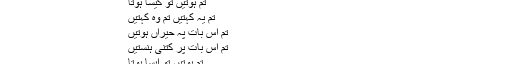
امیتابھ بچن کے لیے اس فلم میں، جاوید اختر نے نظم لکھی ہے:
اکثر یہ باتیں کرتے ہیں
تم ہوتیں تو کیسا ہوتا
تم یہ کہتیں تم وہ کہتیں
تم اس بات پہ حیراں ہوتیں
تم اس بات پر کتنی ہنستیں
تم ہوتیں تو ایسا ہوتا
تم ہوتیں تو ویسا ہوتا
جاوید صدیقی صاحب نے جانے کتنے ڈرامے اور فلمیں لکھی ہیں۔